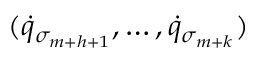
( { \dot { q } } _ { \sigma _ { m + h + 1 } } , \dots , { \dot { q } } _ { \sigma _ { m + k } } )